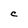
Character: C